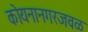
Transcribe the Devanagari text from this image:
कोयनानगरजवळ